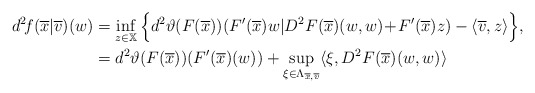
\begin{align*} d^2\!f(\overline{x}|\overline{v})(w) &=\inf_{z\in\mathbb{X}} \Big\{d^2\vartheta(F(\overline{x}))(F'(\overline{x})w|D^2F(\overline{x})(w,w)\!+\!F'(\overline{x})z) -\langle \overline{v},z\rangle\Big\},\\ &= d^2\vartheta(F(\overline{x}))(F'(\overline{x})(w))+\sup_{\xi\in \Lambda_{\overline{x},\overline{v}}}\langle \xi,D^2 F(\overline{x})(w,w)\rangle \end{align*}